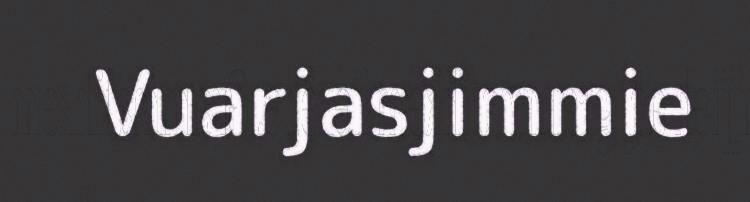
Vuarjasjimmie